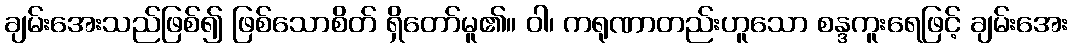
ချမ်းအေးသည်ဖြစ်၍ ဖြစ်သောစိတ် ရှိတော်မူ၏။ ဝါ၊ ကရုဏာတည်းဟူသော စန္ဒကူးရေဖြင့် ချမ်းအေး